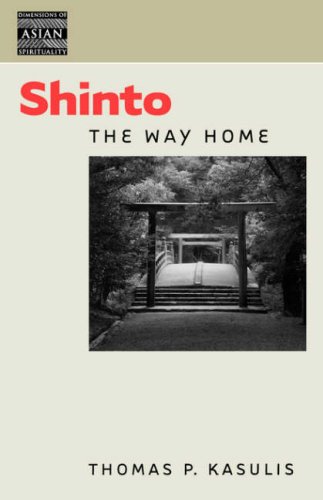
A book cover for Shinto: The Way Home (Dimensions of Asian Spirituality); Thomas P. Kasulis; Religion & Spirituality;